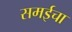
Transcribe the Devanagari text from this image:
समईचा